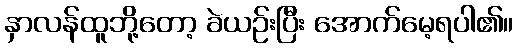
နှာလန်ထူဘို့တော့ ခဲယဉ်းပြီး အောက်မေ့ရပါ၏။